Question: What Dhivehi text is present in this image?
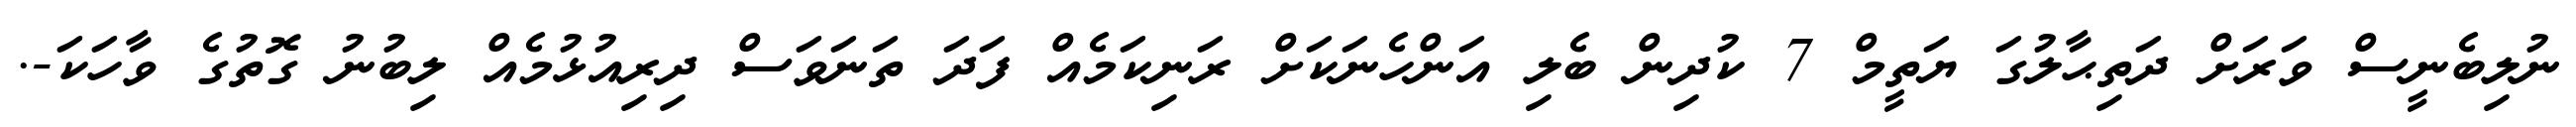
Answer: ނުލިބެނީސް ވަރަށް ދަތިޙާލުގަ ޔަތީމް 7 ކުދިން ބެލި އަންހެނަކަށް ރަނިކަމެއް ފަދަ ތަނަވަސް ދިރިއުޅުމެއް ލިބުނު ގޮތުގެ ވާހަކަ-.